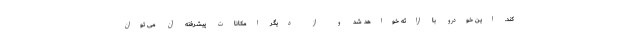
کند. این خودرو با ارائه خواهد شد و از دیگر امکانات پیشرفته آن می توان